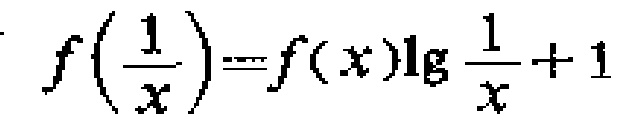
\[f\left(\frac{1}{x}\right)=f(x)\lg\frac{1}{x}+1\]